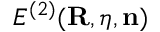
{ \cal E } ^ { ( 2 ) } ( { \bf R } , { \boldsymbol \eta } , { \bf n } )